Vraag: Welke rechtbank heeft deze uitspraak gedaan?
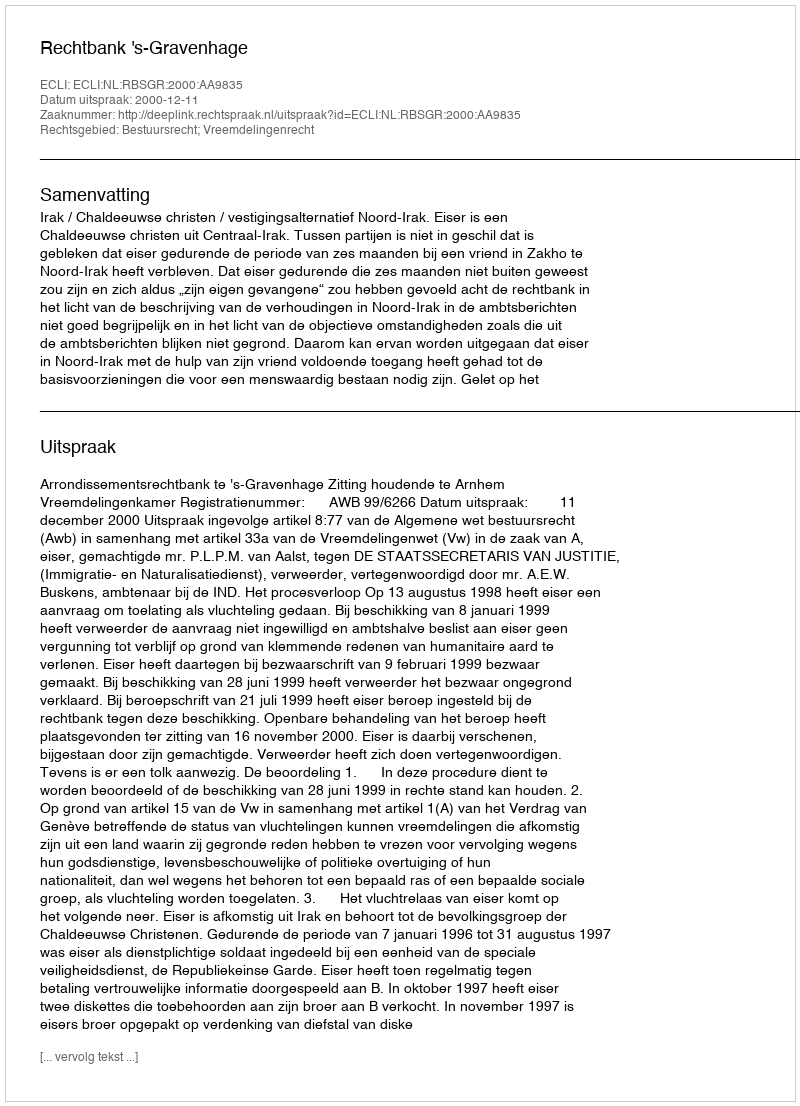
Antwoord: Rechtbank 's-Gravenhage